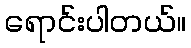
ရောင်းပါတယ်။